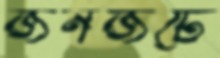
জনজটে